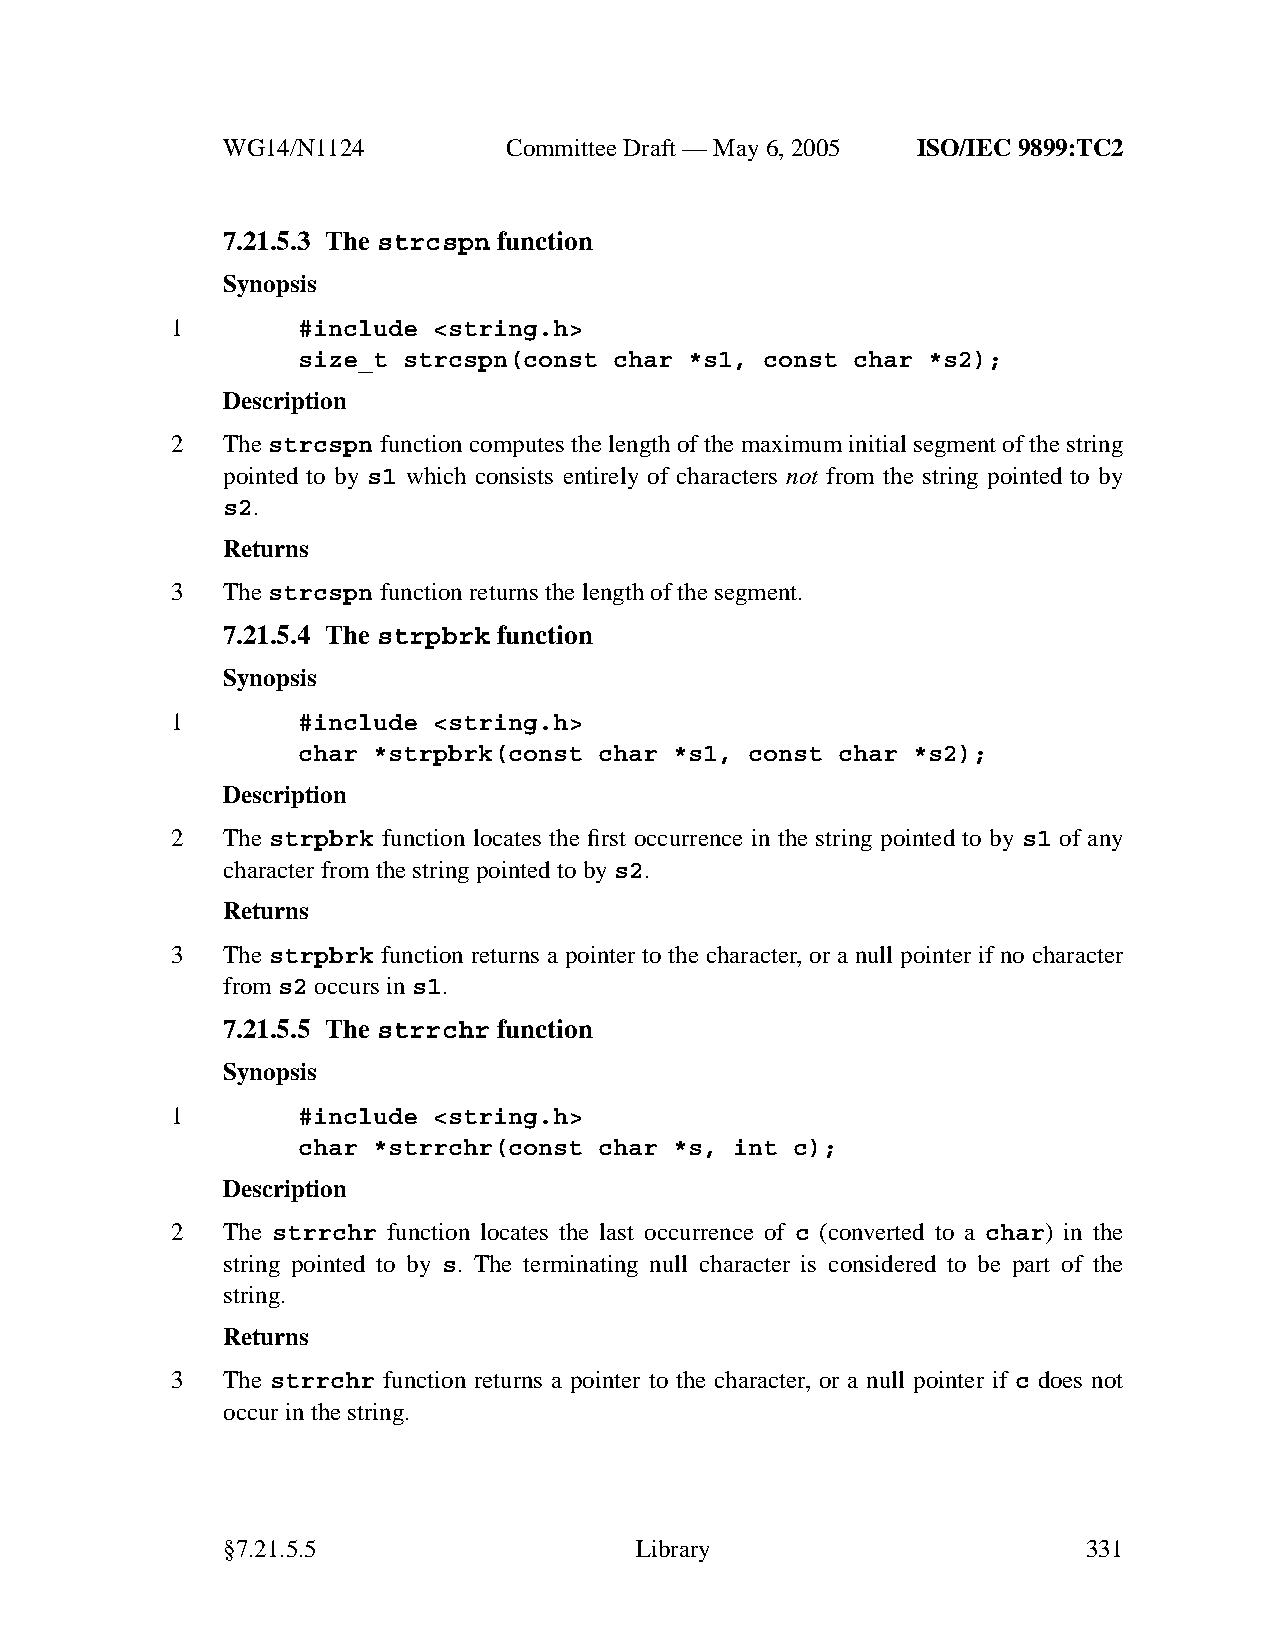
WG14/N1124        CommitteeDraft — May 6, 2005 ISO/IEC 9899:TC2
 7.21.5.3 The strcspn function
 Synopsis
 1        #include <string.h>
 size_t strcspn(const char *s1, const char *s2);
 Description
 2   The strcspn function computes the length of the maximum initial segment of the string
 pointed to by s1 which consists entirely of characters not from the string pointed to by
 s2.
 Returns
 3   Thestrcspn function returns the length of the segment.
 7.21.5.4 The strpbrk function
 Synopsis
 1        #include <string.h>
 char *strpbrk(const char *s1, const char *s2);
 Description
 2   The strpbrk function locates the first occurrence in the string pointed to by s1 of any
 character from the string pointed to bys2.
 Returns
 3   The strpbrk function returns a pointer to the character, or a null pointer if no character
 froms2 occurs ins1.
 7.21.5.5 The strrchr function
 Synopsis
 1        #include <string.h>
 char *strrchr(const char *s, int c);
 Description
 2   The strrchr function locates the last occurrence of c (converted to a char) in the
 string pointed to by s. The terminating null character is considered to be part of the
 string.
 Returns
 3   The strrchr function returns a pointer to the character, or a null pointer if c does not
 occur in the string.
 §7.21.5.5                  Library                       331